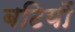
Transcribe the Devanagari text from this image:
बटियों